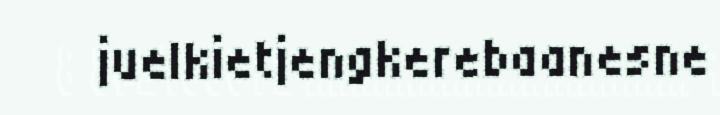
juelkietjengkerebaanesne